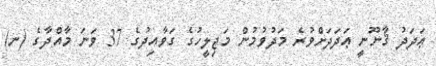
ޢަދަދު ޤާނޫނީ ޢަދަދަށްވުރެ މަދުވުމުން މަޖިލީހުގެ ގަވާއިދުގެ 37 ވަނަ މާއްދާގެ (ނ)